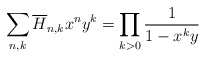
\begin{align*}\sum_{n,k}\overline{H}_{n,k}x^n y^k=\prod_{k>0}{1\over1-x^k y}\end{align*}